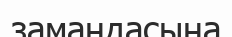
замандасына